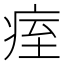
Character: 痓